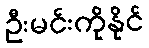
ဦးမင်းကိုနိုင်